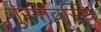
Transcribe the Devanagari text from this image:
गुरगांवस्थि